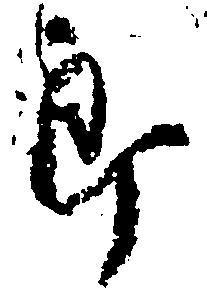
郎